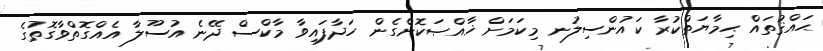
ޙައްޤުތައް ޙިމާޔަތްކުރާ ކައުންސިލުނ މިކަމަށް ޚާއްޞަކޮށްގެން ހަދާފައިވާ މާކްސް ދޭނެ އުސޫލާ އެއްގޮތްވާގޮތުގެ